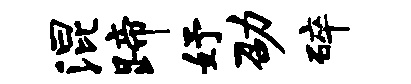
混蹄妤劭碎